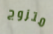
متزوج